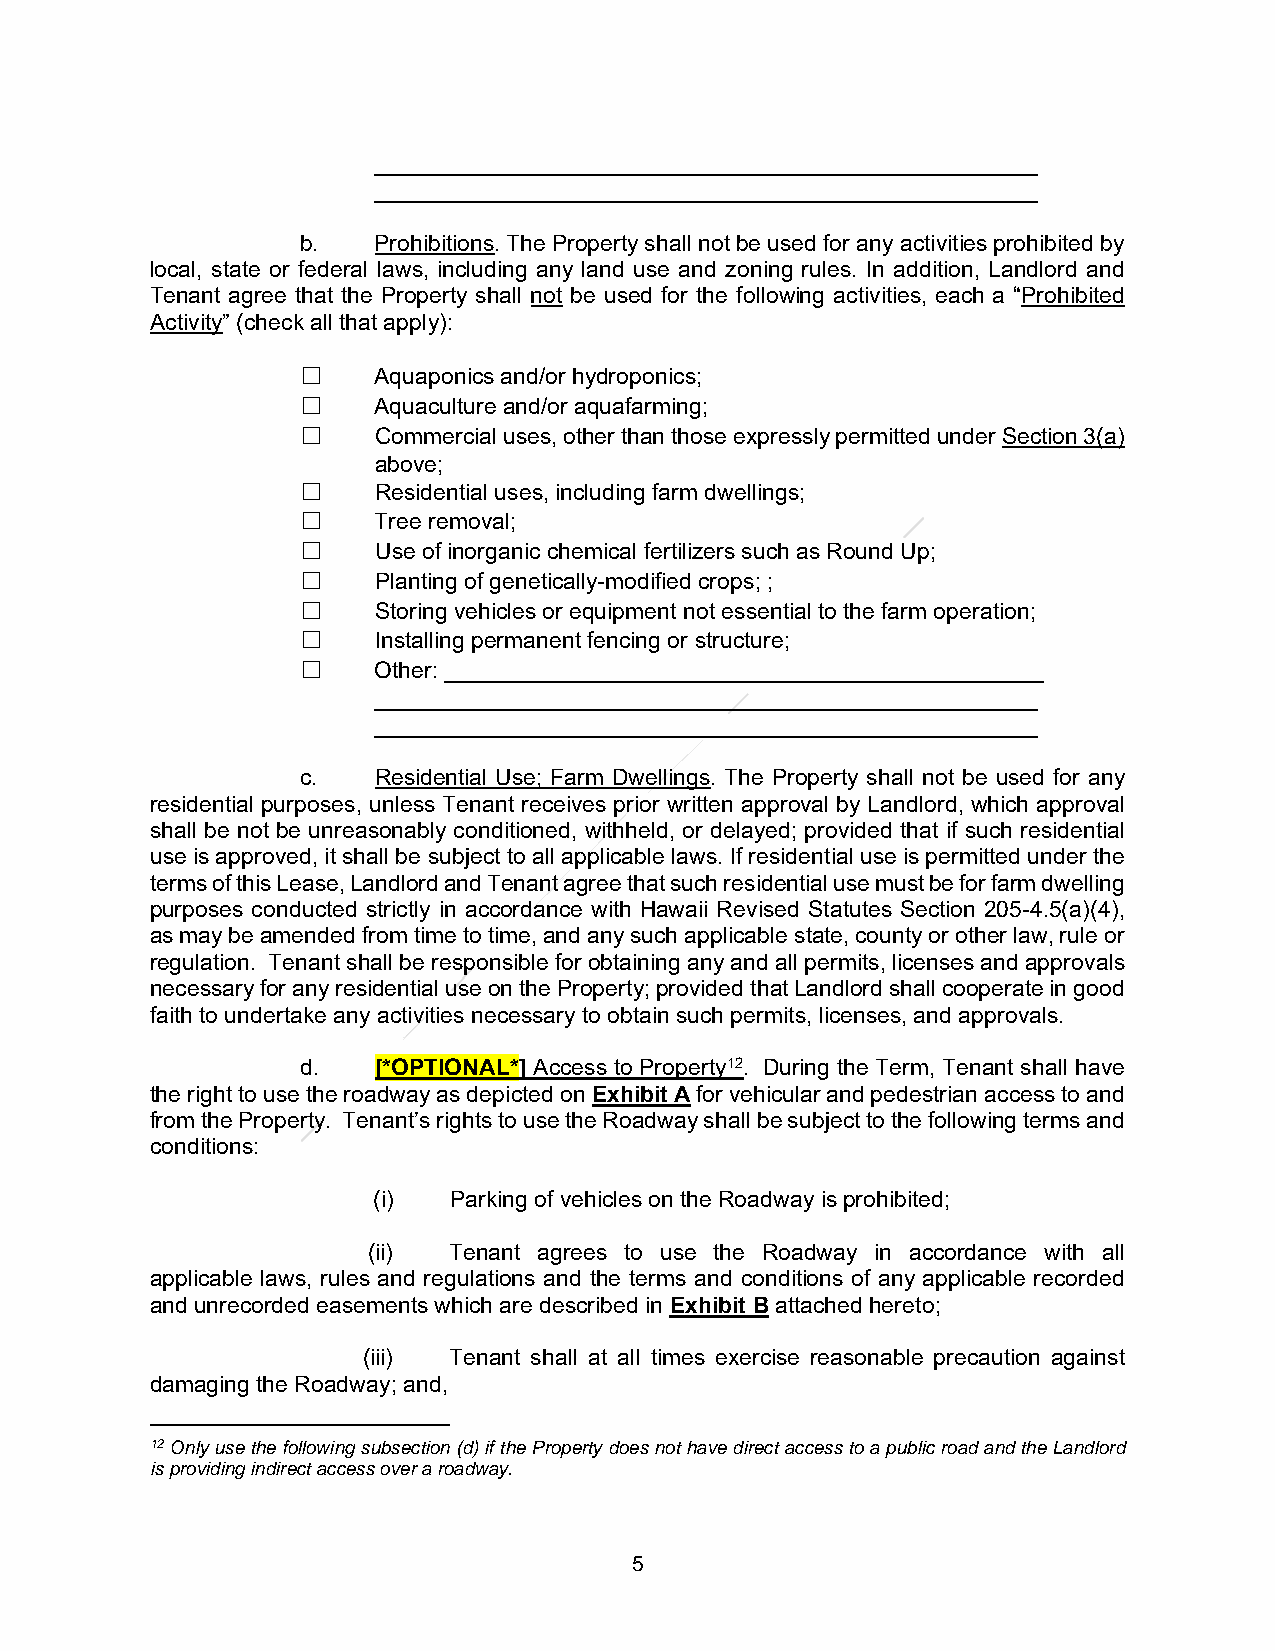
____________________________________________________
 ____________________________________________________
 b.   Prohibitions. The Property shall not be used for any activities prohibited by
 local, state or federal laws, including any land use and zoning rules. In addition, Landlord and
 Tenant agree that the Property shall not be used for the following activities, each a “Prohibited
 Activity” (check all that apply):
 ☐    Aquaponics and/or hydroponics;
 ☐    Aquaculture and/or aquafarming;
 ☐    Commercial uses, other than those expressly permitted under Section 3(a)
 above;
 ☐    Residential uses, including farm dwellings;
 ☐    Tree removal;
 ☐    Use of inorganic chemical fertilizers such as Round Up;
 ☐    Planting of genetically-modified crops; ;
 ☐    Storing vehicles or equipment not essential to the farm operation;
 ☐    Installing permanent fencing or structure;
 ☐    Other: _______________________________________________
 ____________________________________________________
 ____________________________________________________
 c.   Residential Use; Farm Dwellings. The Property shall not be used for any
 residential purposes, unless Tenant receives prior written approval by Landlord, which approval
 shall be not be unreasonably conditioned, withheld, or delayed; provided that if such residential
 use is approved, it shall be subject to all applicable laws. If residential use is permitted under the
 terms of this Lease, Landlord and Tenant agree that such residential use must be for farm dwelling
 purposes conducted strictly in accordance with Hawaii Revised Statutes Section 205-4.5(a)(4),
 as may be amended from time to time, and any such applicable state, county or other law, rule or
 regulation. Tenant shall be responsible for obtaining any and all permits, licenses and approvals
 necessary for any residential use on the Property; provided that Landlord shall cooperate in good
 faith to undertake any activities necessary to obtain such permits, licenses, and approvals.
 d.   [*OPTIONAL*] Access to Property12. During the Term, Tenant shall have
 the right to use the roadway as depicted on Exhibit A for vehicular and pedestrian access to and
 from the Property. Tenant’s rights to use the Roadway shall be subject to the following terms and
 conditions:
 (i)  Parking of vehicles on the Roadway is prohibited;
 (ii)  Tenant agrees to use the Roadway in accordance with all
 applicable laws, rules and regulations and the terms and conditions of any applicable recorded
 and unrecorded easements which are described in Exhibit B attached hereto;
 (iii) Tenant shall at all times exercise reasonable precaution against
 damaging the Roadway; and,
 12 Only use the following subsection (d) if the Property does not have direct access to a public road and the Landlord
 is providing indirect access over a roadway.
 5